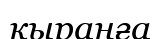
қыранға